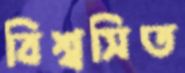
বিশ্বসিত